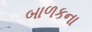
બાળકના